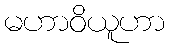
မဟာဝိယူဟာ